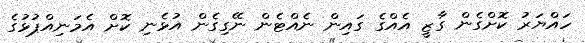
ހައްޔަރު ކޮށްގެން ގާޒީ އެއްގެ ގައިން ނެއްޓެން ނޭގިގެން އުޅެނި ކޮށް އެމަނިއްޕުޅުގެ